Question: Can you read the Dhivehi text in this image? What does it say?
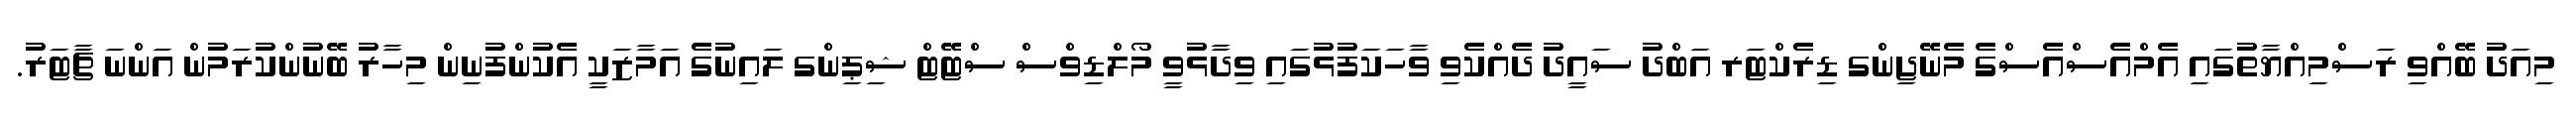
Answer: މިއަދު ބޭއްވި ރަސްމިއްޔާތުގައި އެމްއެސްއެސްގެ މެނޭޖިންގ ޑިރެކްޓަރ އަބްދު ސައީދު ދެއްކެވި ވާހަކަފުޅުގައި ވިދާޅުވީ މޯލްޑިވްސް ސްޓޭޓް ޝިޕިންގ ލައިނުގެ އަމާޒަކީ އެކުންފުނިން މިހާރު ބޭނުންކުރަމުން އަންނަ ޗާޓަރު.